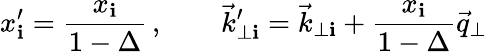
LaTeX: x_{\mathbf{i}}^{\prime}={\frac{{x_{\mathbf{i}}}}{{1-\Delta}}}\, ,\qquad{\vec{{k}}}_{\perp\mathbf{i}}^{\prime}={\vec{{k}}}_{\perp\mathbf{i}}+{\frac{{x_{\mathbf{i}}}}{{1-\Delta}}}{\vec{{q}}}_{\perp}